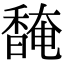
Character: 馣